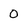
Character: 0